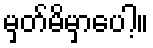
မှတ်မိမှာပေါ့။